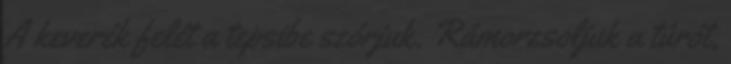
A keverék felét a tepsibe szórjuk. Rámorzsoljuk a túrót,